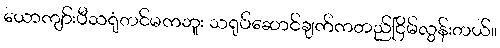
ယောကျာ်းပီသရုံတင်မကဘူး သရုပ်ဆောင်ချက်ကတည်ငြိမ်လွန်းတယ်။